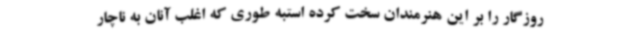
روزگار را بر این هنرمندان سخت کرده استبه طوری که اغلب آنان به ناچار